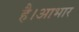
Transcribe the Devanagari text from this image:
है।आभार